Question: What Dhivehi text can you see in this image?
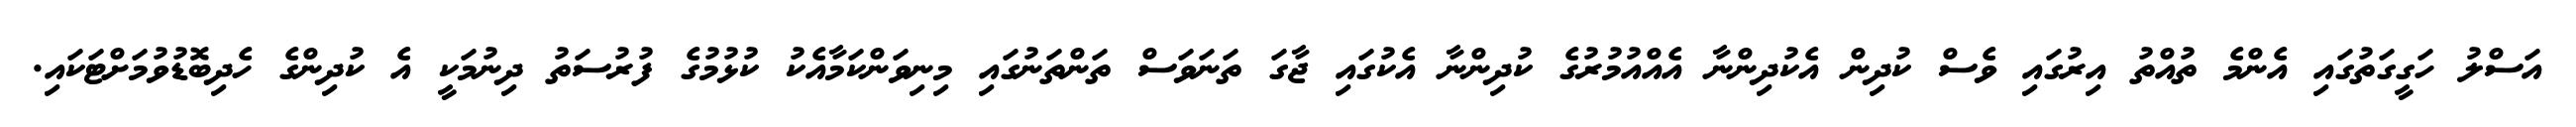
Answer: އަސްލު ހަގީގަތުގައި އެންމެ ތުއްތު އިރުގައި ވެސް ކުދިން އެކުދިންނާ އެއްއުމުރުގެ ކުދިންނާ އެކުގައި ޖާގަ ތަނަވަސް ތަންތަނުގައި މިނިވަންކަމާއެކު ކުޅުމުގެ ފުރުސަތު ދިނުމަކީ އެ ކުދިންގެ ހެދިބޮޑުވުމަށްޓަކައި.